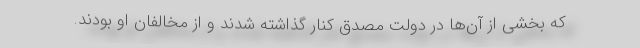
که بخشی از آن‌ها در دولت مصدق کنار گذاشته شدند و از مخالفان او بودند.